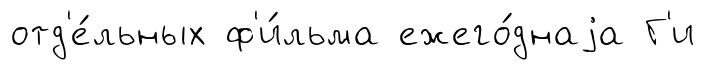
отд'е́льных ф'и́льма ежего́днаjа Г'и